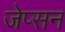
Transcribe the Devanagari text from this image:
जेप्सन